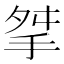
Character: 𢫰